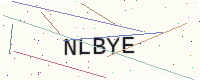
Text: NLBYE